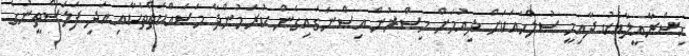
އިސްރާއީލާއެކު ދާއިމީ ސުލްހައަކަށް ދިއުމަށް މިސްރުން އިސްނަގައިގެން ކުރަމުންދާ މަސައްކަތްތަކާއި އަދި ފަލަސްތީނުގެ